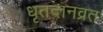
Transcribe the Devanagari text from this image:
धृतदानव्रत